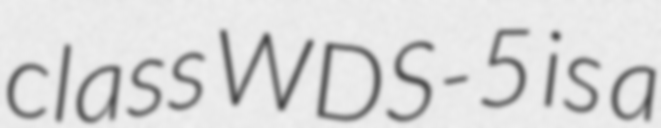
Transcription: class WDS-5 is a